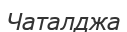
Чаталджа